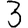
Digit: 3